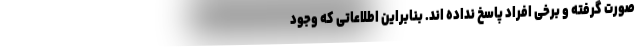
صورت گرفته و برخی افراد پاسخ نداده اند. بنابراین اطلاعاتی که وجود